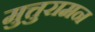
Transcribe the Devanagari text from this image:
मुत्तुरामन